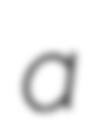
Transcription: a